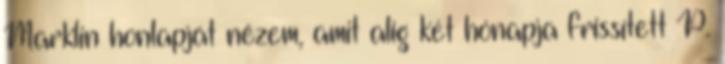
Marklin honlapját nézem, amit alig két hónapja frissített P.